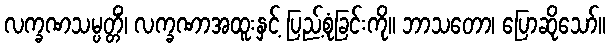
လက္ခဏသမ္ပတ္တိံ၊ လက္ခဏာအထူးနှင့် ပြည့်စုံခြင်းကို။ ဘာသတော၊ ပြောဆိုသော်။